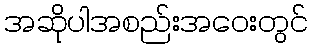
အဆိုပါအစည်းအဝေးတွင်